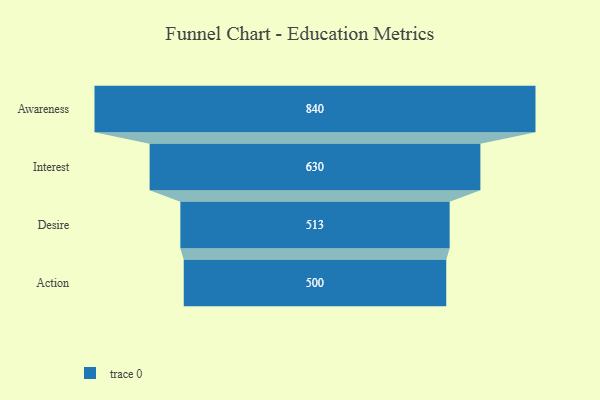
{"axis": {"x": "Stage", "y": "Value"}, "legend": [""], "data": [{"x": "Awareness", "y": 840.0, "type": ""}, {"x": "Interest", "y": 630.0, "type": ""}, {"x": "Desire", "y": 513.0, "type": ""}, {"x": "Action", "y": 500, "type": ""}]}